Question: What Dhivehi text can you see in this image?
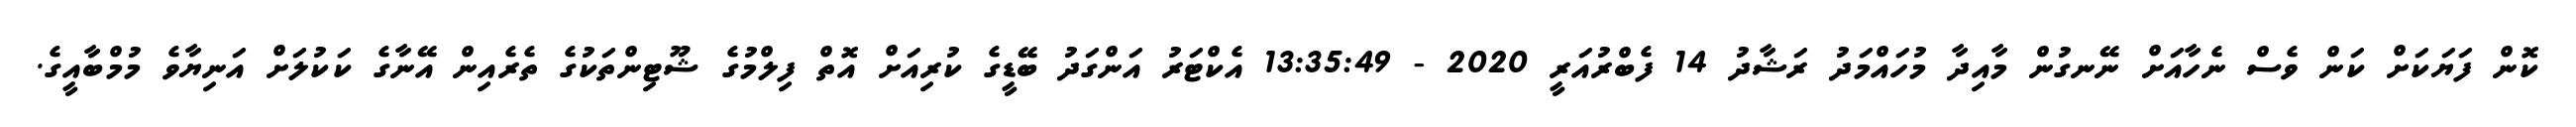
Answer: ކޮން ފަޔަކަށް ކަން ވެސް ނެހާއަށް ނޭނގުން މާއިދާ މުހައްމަދު ރަޝާދު 14 ފެބްރުއަރީ 2020 - 13:35:49 އެކްޓަރު އަންގަދު ބޭޑީގެ ކުރިއަށް އޮތް ފިލްމުގެ ޝޫޓިންތަކުގެ ތެރެއިން އޭނާގެ ކަކުލަށް އަނިޔާވެ މުމްބާއީގެ.